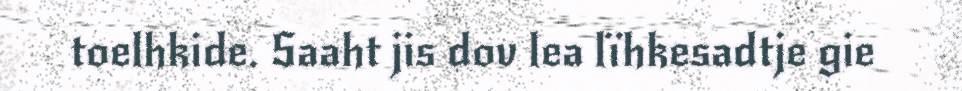
toelhkide. Saaht jis dov lea lïhkesadtje gie